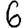
Digit: 6